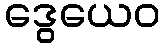
ဒွေယေဝ